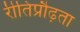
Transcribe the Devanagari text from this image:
रीतिप्रौढ़ता